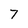
Character: 7